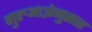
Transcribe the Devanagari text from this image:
गुरुआज्ञेनुसार